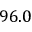
9 6 . 0